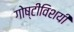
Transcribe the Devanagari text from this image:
गोष्टींविशयीं